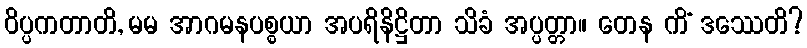
ဝိပ္ပကတာတိ, မမ အာဂမနပစ္စယာ အပရိနိဋ္ဌိတာ သိခံ အပ္ပတ္တာ။ တေန ကိံ ဒဿေတိ?